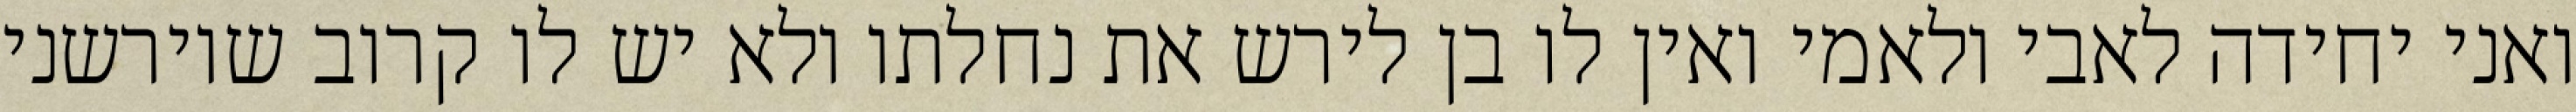
ואני יחידה לאבי ולאמי ואין לו בן לירש את נחלתו ולא יש לו קרוב שיורשני